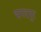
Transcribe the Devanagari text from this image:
भगदपुर